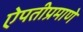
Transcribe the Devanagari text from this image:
ऐपतीप्रमाणे